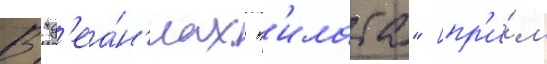
В "д'еа́н'иах п'илата" [пр'и́м